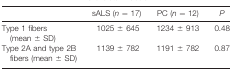
<table><thead><tr><td></td><td><b>sALS (<i>n</i> = 17)</b></td><td><b>PC (<i>n</i> = 12)</b></td><td><b><i>P</i></b></td></tr></thead><tbody><tr><td>Type 1 fibers (mean ± SD)</td><td>1025 ± 645</td><td>1234 ± 913</td><td>0.48</td></tr><tr><td>Type 2A and type 2B fibers (mean ± SD)</td><td>1139 ± 782</td><td>1191 ± 782</td><td>0.87</td></tr></tbody></table>